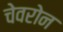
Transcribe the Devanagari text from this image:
चेवरोन